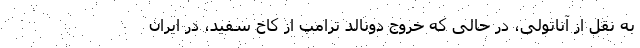
به نقل از آناتولی، در حالی که خروج دونالد ترامپ از کاخ سفید، در ایران